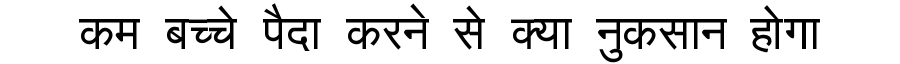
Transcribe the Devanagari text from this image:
कम बच्चे पैदा करने से क्या नुकसान होगा